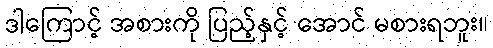
ဒါကြောင့် အစားကို ပြည့်နှင့် အောင် မစားရဘူး။